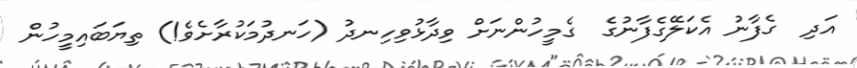
އަދި  ގެފާނު އެކަލޭގެފާނުގެ  ގެމީހުންނަށް ވިދާޅުވިހިނދު (ހަނދުމަކުރާށެވެ!) ތިޔަބައިމީހުން